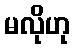
မလိုဟု